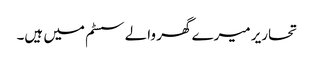
تحاریر میرے گھر والے سسٹم میں ہیں۔